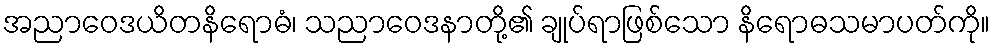
အညာဝေဒယိတနိရောဓံ၊ သညာဝေဒနာတို့၏ ချုပ်ရာဖြစ်သော နိရောဓသမာပတ်ကို။